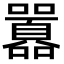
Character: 囂